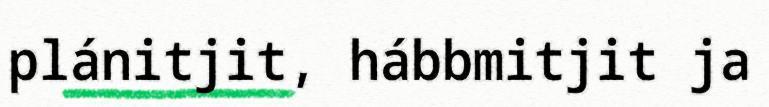
plánitjit, hábbmitjit ja